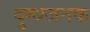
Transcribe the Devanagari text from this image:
दुग्धजनक